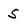
Character: 5